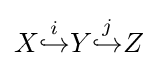
X{\overset {i}{\hookrightarrow }}Y{\overset {j}{\hookrightarrow }}Z